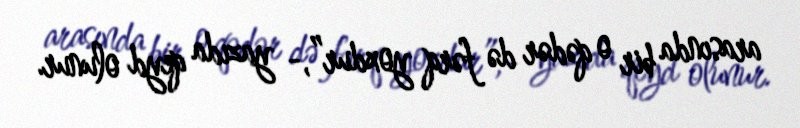
arasında bir o qədər də fərq yoxdur”,- yazıda qeyd olunur.